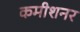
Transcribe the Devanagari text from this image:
कमीशनर